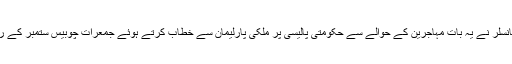
جرمن چانسلر نے يہ بات مہاجرين کے حوالے سے حکومتی پاليسی پر ملکی پارليمان سے خطاب کرتے ہوئے جمعرات چوبيس ستمبر کے روز کہی۔